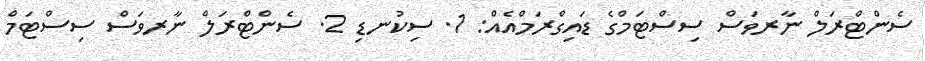
ސެންޓްރަލް ނާރވަސް ސިސްޓަމްގެ ޑައިގްރަމްއެއް: 1. ސިކުނޑި 2. ސެންޓްރަލް ނާރވަސް ސިސްޓަމް